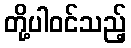
တို့ပါဝင်သည့်